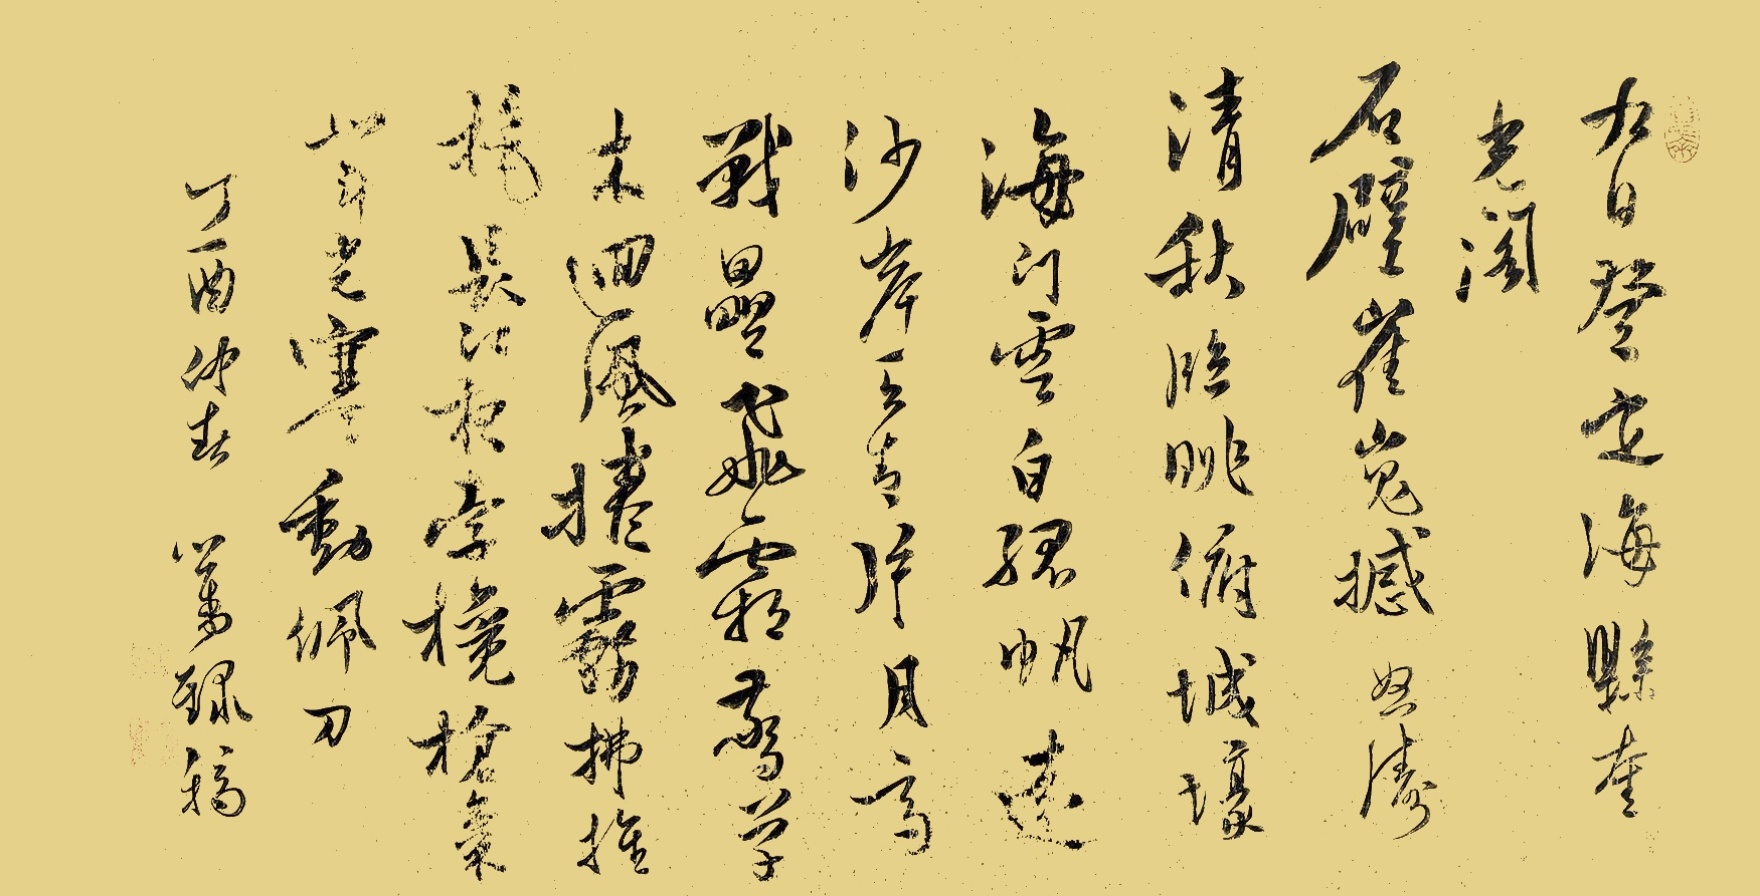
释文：九日登定海县奎光阁。石壁崔嵬撼怒涛，清秋临眺俯城壕。海门云白孤帆远，沙岸天青片月高。战垒飞霜惊草木，回风卷雾拂旌旄。长江夜孛欃枪气，北斗光寒动佩刀。丁酉仲春，心畬录稿。